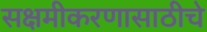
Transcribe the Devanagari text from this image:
सक्षमीकरणासाठीचे